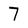
Character: 7